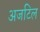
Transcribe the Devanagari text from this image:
अजटिल